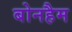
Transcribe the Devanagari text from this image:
बोनहैम